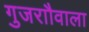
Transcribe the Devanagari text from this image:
गुजराौवाला